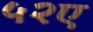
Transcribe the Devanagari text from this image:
५२ए